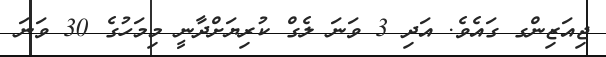
ޖިއަޒިންގ ގައެވެ. އަދި 3 ވަނަ ލެގް ކުރިޔަށްދާނީ މިމަހުގެ 30 ވަނަ